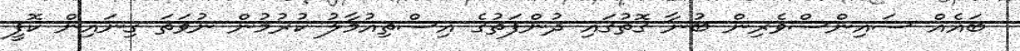
ބައެއް ސައިންސްވެރިން ބުނާ ގޮތުގައި ދުންފަތުގެ އިސްތިއުމާލު ކުރުމުން ނުވަތަ ގިނައިން ކޮފީ